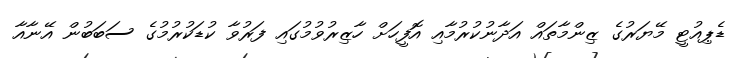
ޑެޕިއުޓީ މޭޔަރުގެ ޒިންމާތައް އަދާނުކުރުމާއި އޮފީހަށް ހާޒިރުވުމުގައި ފަރުވާ ކުޑަކުރުމުގެ ސަބަބުން އޭނާއާ